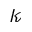
\mathcal { k }